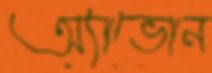
অ্যাভোন